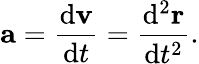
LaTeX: \mathbf{a}={\frac{\mathrm{d}\mathbf{v}}{\mathrm{d}t}}={\frac{\mathrm{d^{2}}\mathbf{r}}{\mathrm{d}t^{2}}}.